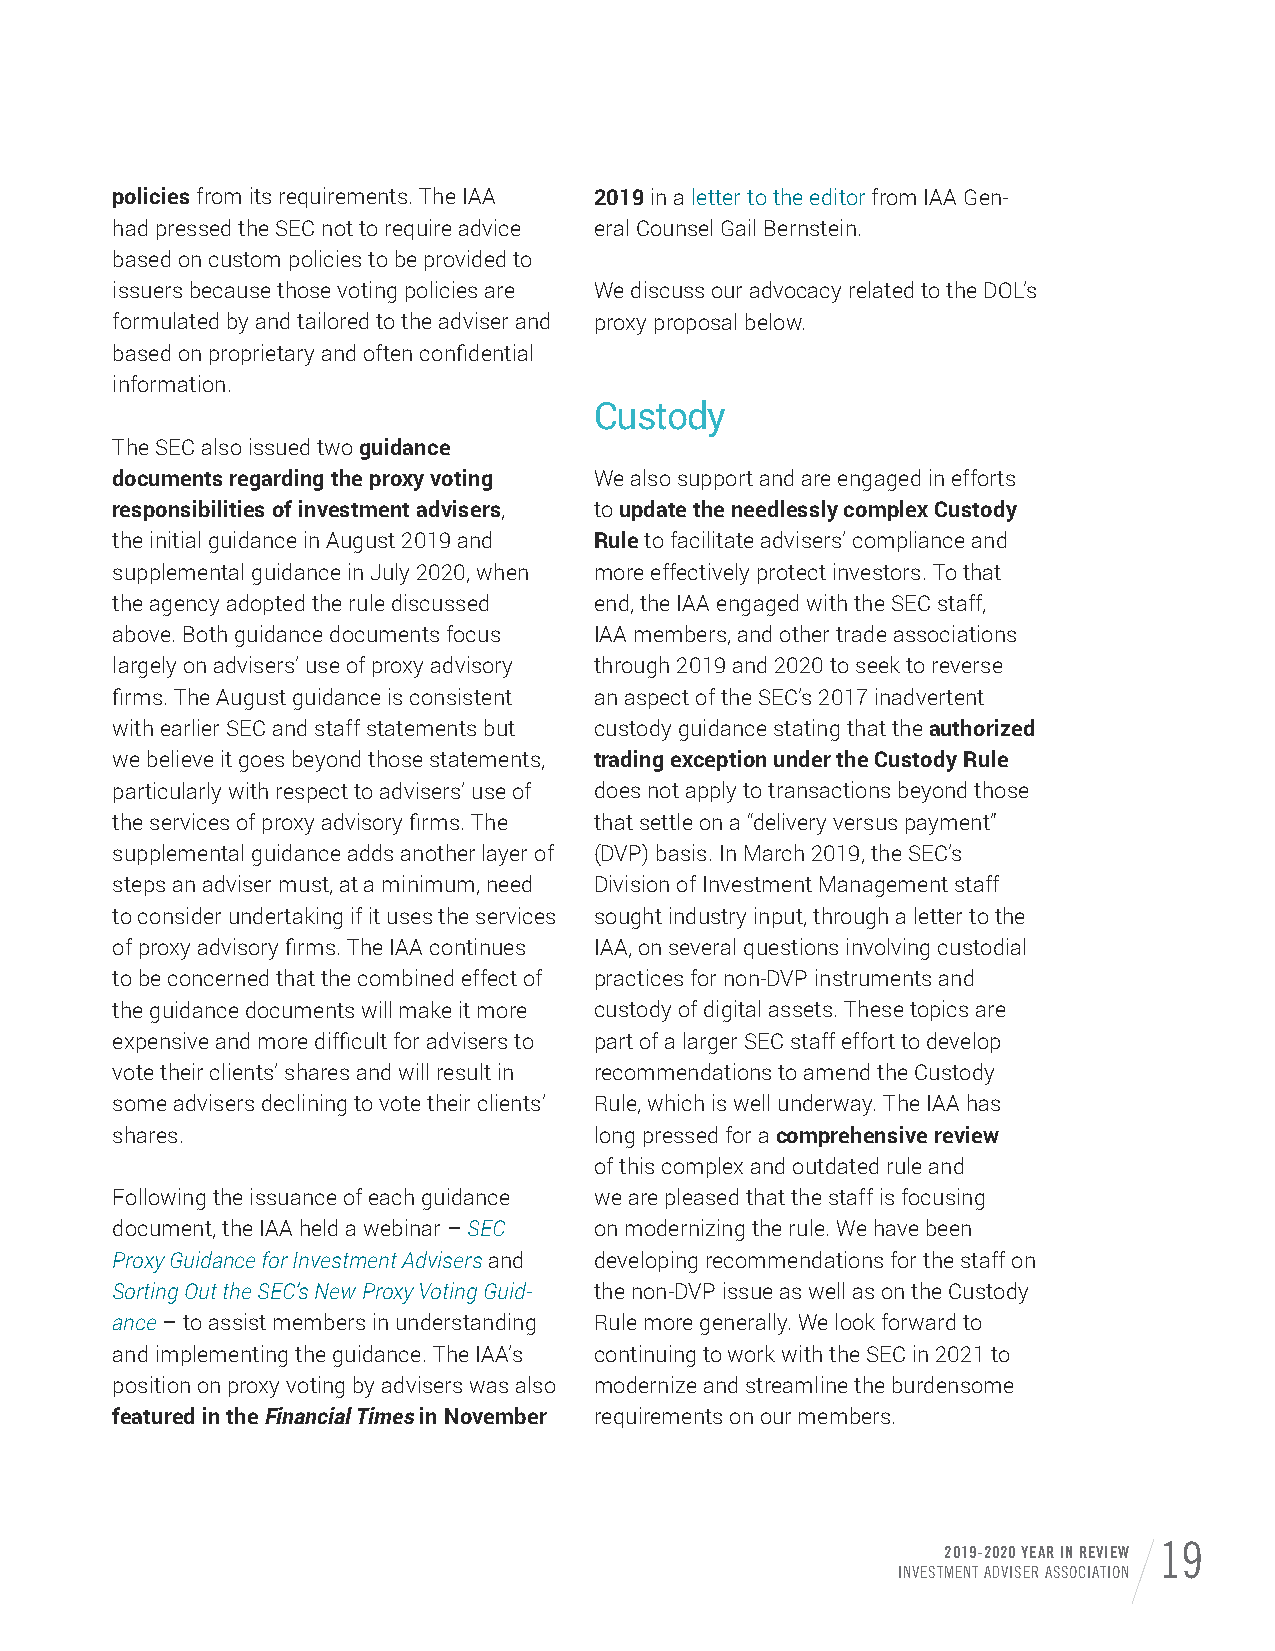
policies from its requirements. The IAA 2019 in a letter to the editor from IAA Gen-
 had pressed the SEC not to require advice eral Counsel Gail Bernstein.
 based on custom policies to be provided to
 issuers because those voting policies are We discuss our advocacy related to the DOL’s
 formulated by and tailored to the adviser and proxy proposal below.
 based on proprietary and often confidential
 information.
 Custody
 The SEC also issued two guidance
 documents regarding the proxy voting We also support and are engaged in efforts
 responsibilities of investment advisers, to update the needlessly complex Custody
 the initial guidance in August 2019 and Rule to facilitate advisers’ compliance and
 supplemental guidance in July 2020, when more effectively protect investors. To that
 the agency adopted the rule discussed end, the IAA engaged with the SEC staff,
 above. Both guidance documents focus IAA members, and other trade associations
 largely on advisers’ use of proxy advisory through 2019 and 2020 to seek to reverse
 firms. The August guidance is consistent an aspect of the SEC’s 2017 inadvertent
 with earlier SEC and staff statements but custody guidance stating that the authorized
 we believe it goes beyond those statements, trading exception under the Custody Rule
 particularly with respect to advisers’ use of does not apply to transactions beyond those
 the services of proxy advisory firms. The that settle on a “delivery versus payment”
 supplemental guidance adds another layer of (DVP) basis. In March 2019, the SEC’s
 steps an adviser must, at a minimum, need Division of Investment Management staff
 to consider undertaking if it uses the services sought industry input, through a letter to the
 of proxy advisory firms. The IAA continues IAA, on several questions involving custodial
 to be concerned that the combined effect of practices for non-DVP instruments and
 the guidance documents will make it more custody of digital assets. These topics are
 expensive and more difficult for advisers to part of a larger SEC staff effort to develop
 vote their clients’ shares and will result in recommendations to amend the Custody
 some advisers declining to vote their clients’ Rule, which is well underway. The IAA has
 shares.                         long pressed for a comprehensive review
 of this complex and outdated rule and
 Following the issuance of each guidance we are pleased that the staff is focusing
 document, the IAA held a webinar – SEC on modernizing the rule. We have been
 Proxy Guidance for Investment Advisers and developing recommendations for the staff on
 Sorting Out the SEC’s New Proxy Voting Guid- the non-DVP issue as well as on the Custody
 ance – to assist members in understanding Rule more generally. We look forward to
 and implementing the guidance. The IAA’s continuing to work with the SEC in 2021 to
 position on proxy voting by advisers was also modernize and streamline the burdensome
 featured in the Financial Times in November requirements on our members.
 2019-2020 YEAR IN REVIEW 19
 INVESTMENT ADVISER ASSOCIATION